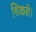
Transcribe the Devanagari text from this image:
शिकले।